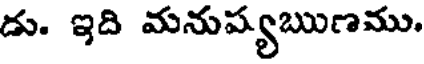
డు. ఇది మనుప్యఋణము.